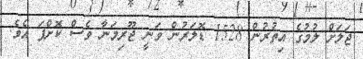
ޖަލަށް ލުމުގެ އިތުރުން 1528 ޑޮލަރުން ވަނީ ޖޫރިމަނާ ވެސް ކޮށްފަ އެވެ.